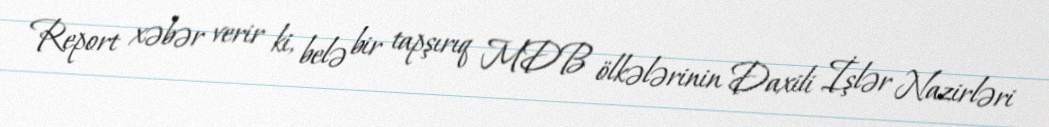
Report xəbər verir ki, belə bir tapşırıq MDB ölkələrinin Daxili İşlər Nazirləri